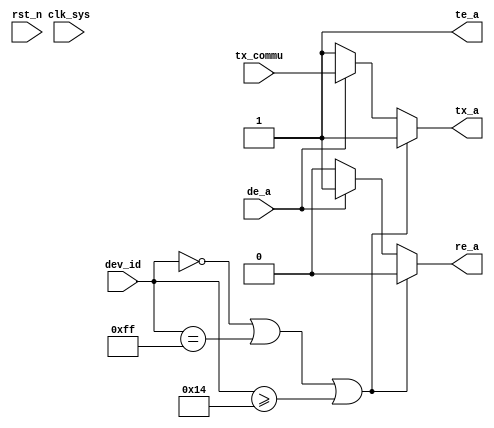
//dir_gen.v


module dir_gen(
//data path
te_a,
re_a,
tx_a,
de_a,
tx_commu,
//clk rst
dev_id,
clk_sys,
rst_n
);
//data path
output te_a;
output re_a;
output tx_a;
input de_a;
input tx_commu;
//clk rst
input [7:0]	dev_id;
input	clk_sys;
input	rst_n;
//--------------------------------------
//--------------------------------------

wire id_error;
assign id_error = (dev_id == 8'h0) | (dev_id == 8'hff) |
									(dev_id >= 8'd20) ;

wire te_a;
wire re_a;
wire tx_a;	

assign te_a = 1'b1;
assign re_a = id_error ? 1'b0 :
							de_a ? 1'b1 : 1'b0;
assign tx_a = id_error ? 1'b1 :
							de_a ? tx_commu : 1'b1;
/*
assign te_a = 1'b1;
assign re_a = 1'b0;
assign tx_a = 1'bz;
	*/					

endmodule